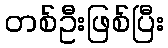
တစ်ဦးဖြစ်ပြီး